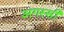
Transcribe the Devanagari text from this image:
अगस्सी